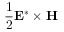
\frac { 1 } { 2 } \mathbf { E ^ { * } \times H }